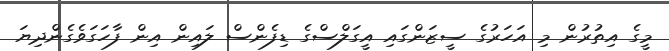
މީގެ އިތުރުން މި އަހަރުގެ ސީޒަންގައި އީގަލްސްގެ ޑިފެންސް ލައިން އިން ފާހަގަވެގެންދިޔަ